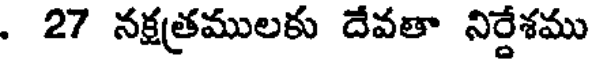
. 27 నక్షత్రములకు దేవతా నిర్దేశము